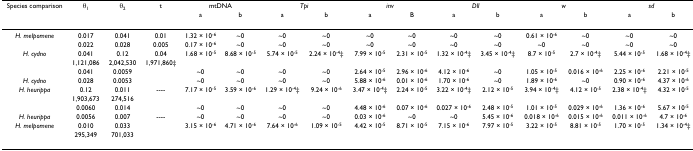
<table><thead><tr><td><b>Species comparison</b></td><td><b>θ<sub>1</sub></b></td><td><b>θ<sub>2</sub></b></td><td><b>t</b></td><td colspan="2"><b>mtDNA</b></td><td colspan="2"><b><i>Tpi</i></b></td><td colspan="2"><b><i>inv</i></b></td><td colspan="2"><b><i>Dll</i></b></td><td colspan="2"><b><i>w</i></b></td><td colspan="2"><b><i>sd</i></b></td></tr><tr><td></td><td></td><td></td><td></td><td><b>a</b></td><td><b>b</b></td><td><b>a</b></td><td><b>b</b></td><td><b>a</b></td><td><b>B</b></td><td><b>a</b></td><td><b>b</b></td><td><b>a</b></td><td><b>b</b></td><td><b>a</b></td><td><b>b</b></td></tr></thead><tbody><tr><td><i>H. melpomene</i></td><td>0.017</td><td>0.041</td><td>0.01</td><td>1.32 × 10<sup>-6</sup></td><td>~0</td><td>~0</td><td>~0</td><td>~0</td><td>~0</td><td>~0</td><td>~0</td><td>0.61 × 10<sup>-6</sup></td><td>~0</td><td>~0</td><td>~0</td></tr><tr><td></td><td>0.022</td><td>0.028</td><td>0.005</td><td>0.17 × 10<sup>-6</sup></td><td>~0</td><td>~0</td><td>~0</td><td>~0</td><td>~0</td><td>~0</td><td>~0</td><td>~0</td><td>~0</td><td>~0</td><td>~0</td></tr><tr><td><i>H. cydno</i></td><td>0.041</td><td>0.12</td><td>0.04</td><td>1.68 × 10<sup>-5</sup></td><td>8.68 × 10<sup>-5</sup></td><td>5.74 × 10<sup>-5</sup></td><td>2.24 × 10<sup>-4</sup>‡</td><td>7.99 × 10<sup>-5</sup></td><td>2.31 × 10<sup>-5</sup></td><td>1.32 × 10<sup>-4</sup>‡</td><td>3.45 × 10<sup>-4</sup>‡</td><td>8.7 × 10<sup>-5</sup></td><td>2.7 × 10<sup>-4</sup>‡</td><td>5.44 × 10<sup>-5</sup></td><td>1.68 × 10<sup>-4</sup>‡</td></tr><tr><td></td><td>1,121,086</td><td>2,042,530</td><td>1,971,860‡</td><td></td><td></td><td></td><td></td><td></td><td></td><td></td><td></td><td></td><td></td><td></td><td></td></tr><tr><td></td><td>0.041</td><td>0.0059</td><td></td><td>~0</td><td>~0</td><td>~0</td><td>~0</td><td>2.64 × 10<sup>-5</sup></td><td>2.96 × 10<sup>-6</sup></td><td>4.12 × 10<sup>-6</sup></td><td>~0</td><td>1.05 × 10<sup>-5</sup></td><td>0.016 × 10<sup>-6</sup></td><td>2.25 × 10<sup>-6</sup></td><td>2.21 × 10<sup>-5</sup></td></tr><tr><td><i>H. cydno</i></td><td>0.028</td><td>0.0053</td><td></td><td>~0</td><td>~0</td><td>~0</td><td>~0</td><td>5.88 × 10<sup>-6</sup></td><td>0.01 × 10<sup>-6</sup></td><td>1.70 × 10<sup>-6</sup></td><td>~0</td><td>1.89 × 10<sup>-6</sup></td><td>~0</td><td>0.90 × 10<sup>-6</sup></td><td>4.37 × 10<sup>-6</sup></td></tr><tr><td><i>H. heurippa</i></td><td>0.12</td><td>0.011</td><td>----</td><td>7.17 × 10<sup>-5</sup></td><td>3.59 × 10<sup>-6</sup></td><td>1.29 × 10<sup>-4</sup>‡</td><td>9.24 × 10<sup>-6</sup></td><td>3.47 × 10<sup>-4</sup>‡</td><td>2.24 × 10<sup>-5</sup></td><td>3.22 × 10<sup>-4</sup>‡</td><td>2.12 × 10<sup>-5</sup></td><td>3.94 × 10<sup>-4</sup>‡</td><td>4.12 × 10<sup>-5</sup></td><td>2.38 × 10<sup>-4</sup>‡</td><td>4.32 × 10<sup>-5</sup></td></tr><tr><td></td><td>1,903,673</td><td>274,516</td><td></td><td></td><td></td><td></td><td></td><td></td><td></td><td></td><td></td><td></td><td></td><td></td><td></td></tr><tr><td></td><td>0.0060</td><td>0.014</td><td></td><td>~0</td><td>~0</td><td>~0</td><td>~0</td><td>4.48 × 10<sup>-6</sup></td><td>0.07 × 10<sup>-6</sup></td><td>0.027 × 10<sup>-6</sup></td><td>2.48 × 10<sup>-5</sup></td><td>1.01 × 10<sup>-5</sup></td><td>0.029 × 10<sup>-6</sup></td><td>1.36 × 10<sup>-6</sup></td><td>5.67 × 10<sup>-5</sup></td></tr><tr><td><i>H. heurippa</i></td><td>0.0056</td><td>0.007</td><td>----</td><td>~0</td><td>~0</td><td>~0</td><td>~0</td><td>0.03 × 10<sup>-6</sup></td><td>~0</td><td>~0</td><td>5.45 × 10<sup>-6</sup></td><td>0.018 × 10<sup>-6</sup></td><td>0.015 × 10<sup>-6</sup></td><td>0.011 × 10<sup>-6</sup></td><td>4.7 × 10<sup>-6</sup></td></tr><tr><td><i>H. melpomene</i></td><td>0.010</td><td>0.033</td><td></td><td>3.15 × 10<sup>-6</sup></td><td>4.71 × 10<sup>-6</sup></td><td>7.64 × 10<sup>-6</sup></td><td>1.09 × 10<sup>-5</sup></td><td>4.42 × 10<sup>-5</sup></td><td>8.71 × 10<sup>-5</sup></td><td>7.15 × 10<sup>-6</sup></td><td>7.97 × 10<sup>-5</sup></td><td>3.22 × 10<sup>-5</sup></td><td>8.81 × 10<sup>-5</sup></td><td>1.70 × 10<sup>-5</sup></td><td>1.34 × 10<sup>-4</sup>‡</td></tr><tr><td></td><td>295,349</td><td>701,033</td><td></td><td></td><td></td><td></td><td></td><td></td><td></td><td></td><td></td><td></td><td></td><td></td><td></td></tr></tbody></table>